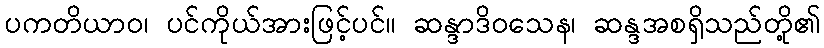
ပကတိယာဝ၊ ပင်ကိုယ်အားဖြင့်ပင်။ ဆန္ဒာဒိဝသေန၊ ဆန္ဒအစရှိသည်တို့၏